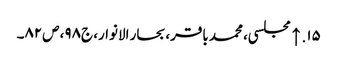
۱۵. ↑ مجلسی، محمد باقر، بحار الانوار، ج‌۹۸، ص‌۸۲۔